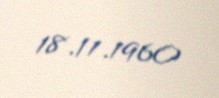
18.11.1960